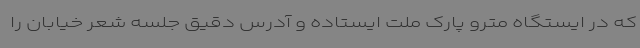
که در ایستگاه مترو پارک ملت ایستاده و آدرس دقیق جلسه شعر خیابان را